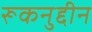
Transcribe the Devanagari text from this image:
रूकनुद्दीन